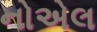
નોએલ